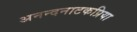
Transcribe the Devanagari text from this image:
अनन्दनाटकप्रिया